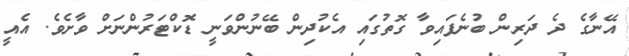
އޭނާގެ ދެ ދަރިން ބުނެފައިވާ ގޮތުގައި އެކުދިން ބޭނުންވަނީ ޑޮކްޓަރުންނަށް ވާށެވެ. އެއީ